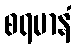
စရမာနံ